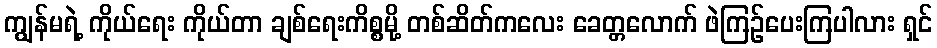
ကျွန်မရဲ့ ကိုယ်ရေး ကိုယ်တာ ချစ်ရေးကိစ္စမို့ တစ်ဆိတ်ကလေး ခေတ္တလောက် ဖဲကြဉ်ပေးကြပါလား ရှင်